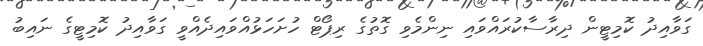
ގަވާއިދު ކޮމިޓީން ދިރާސާކުރައްވައި ނިންމެވި ގޮތުގެ ރިޕޯޓް ހުށަހަޅުއްވައިދެއްވީ ގަވާއިދު ކޮމިޓީގެ ނައިބު